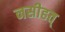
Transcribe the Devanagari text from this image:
नसीहत्